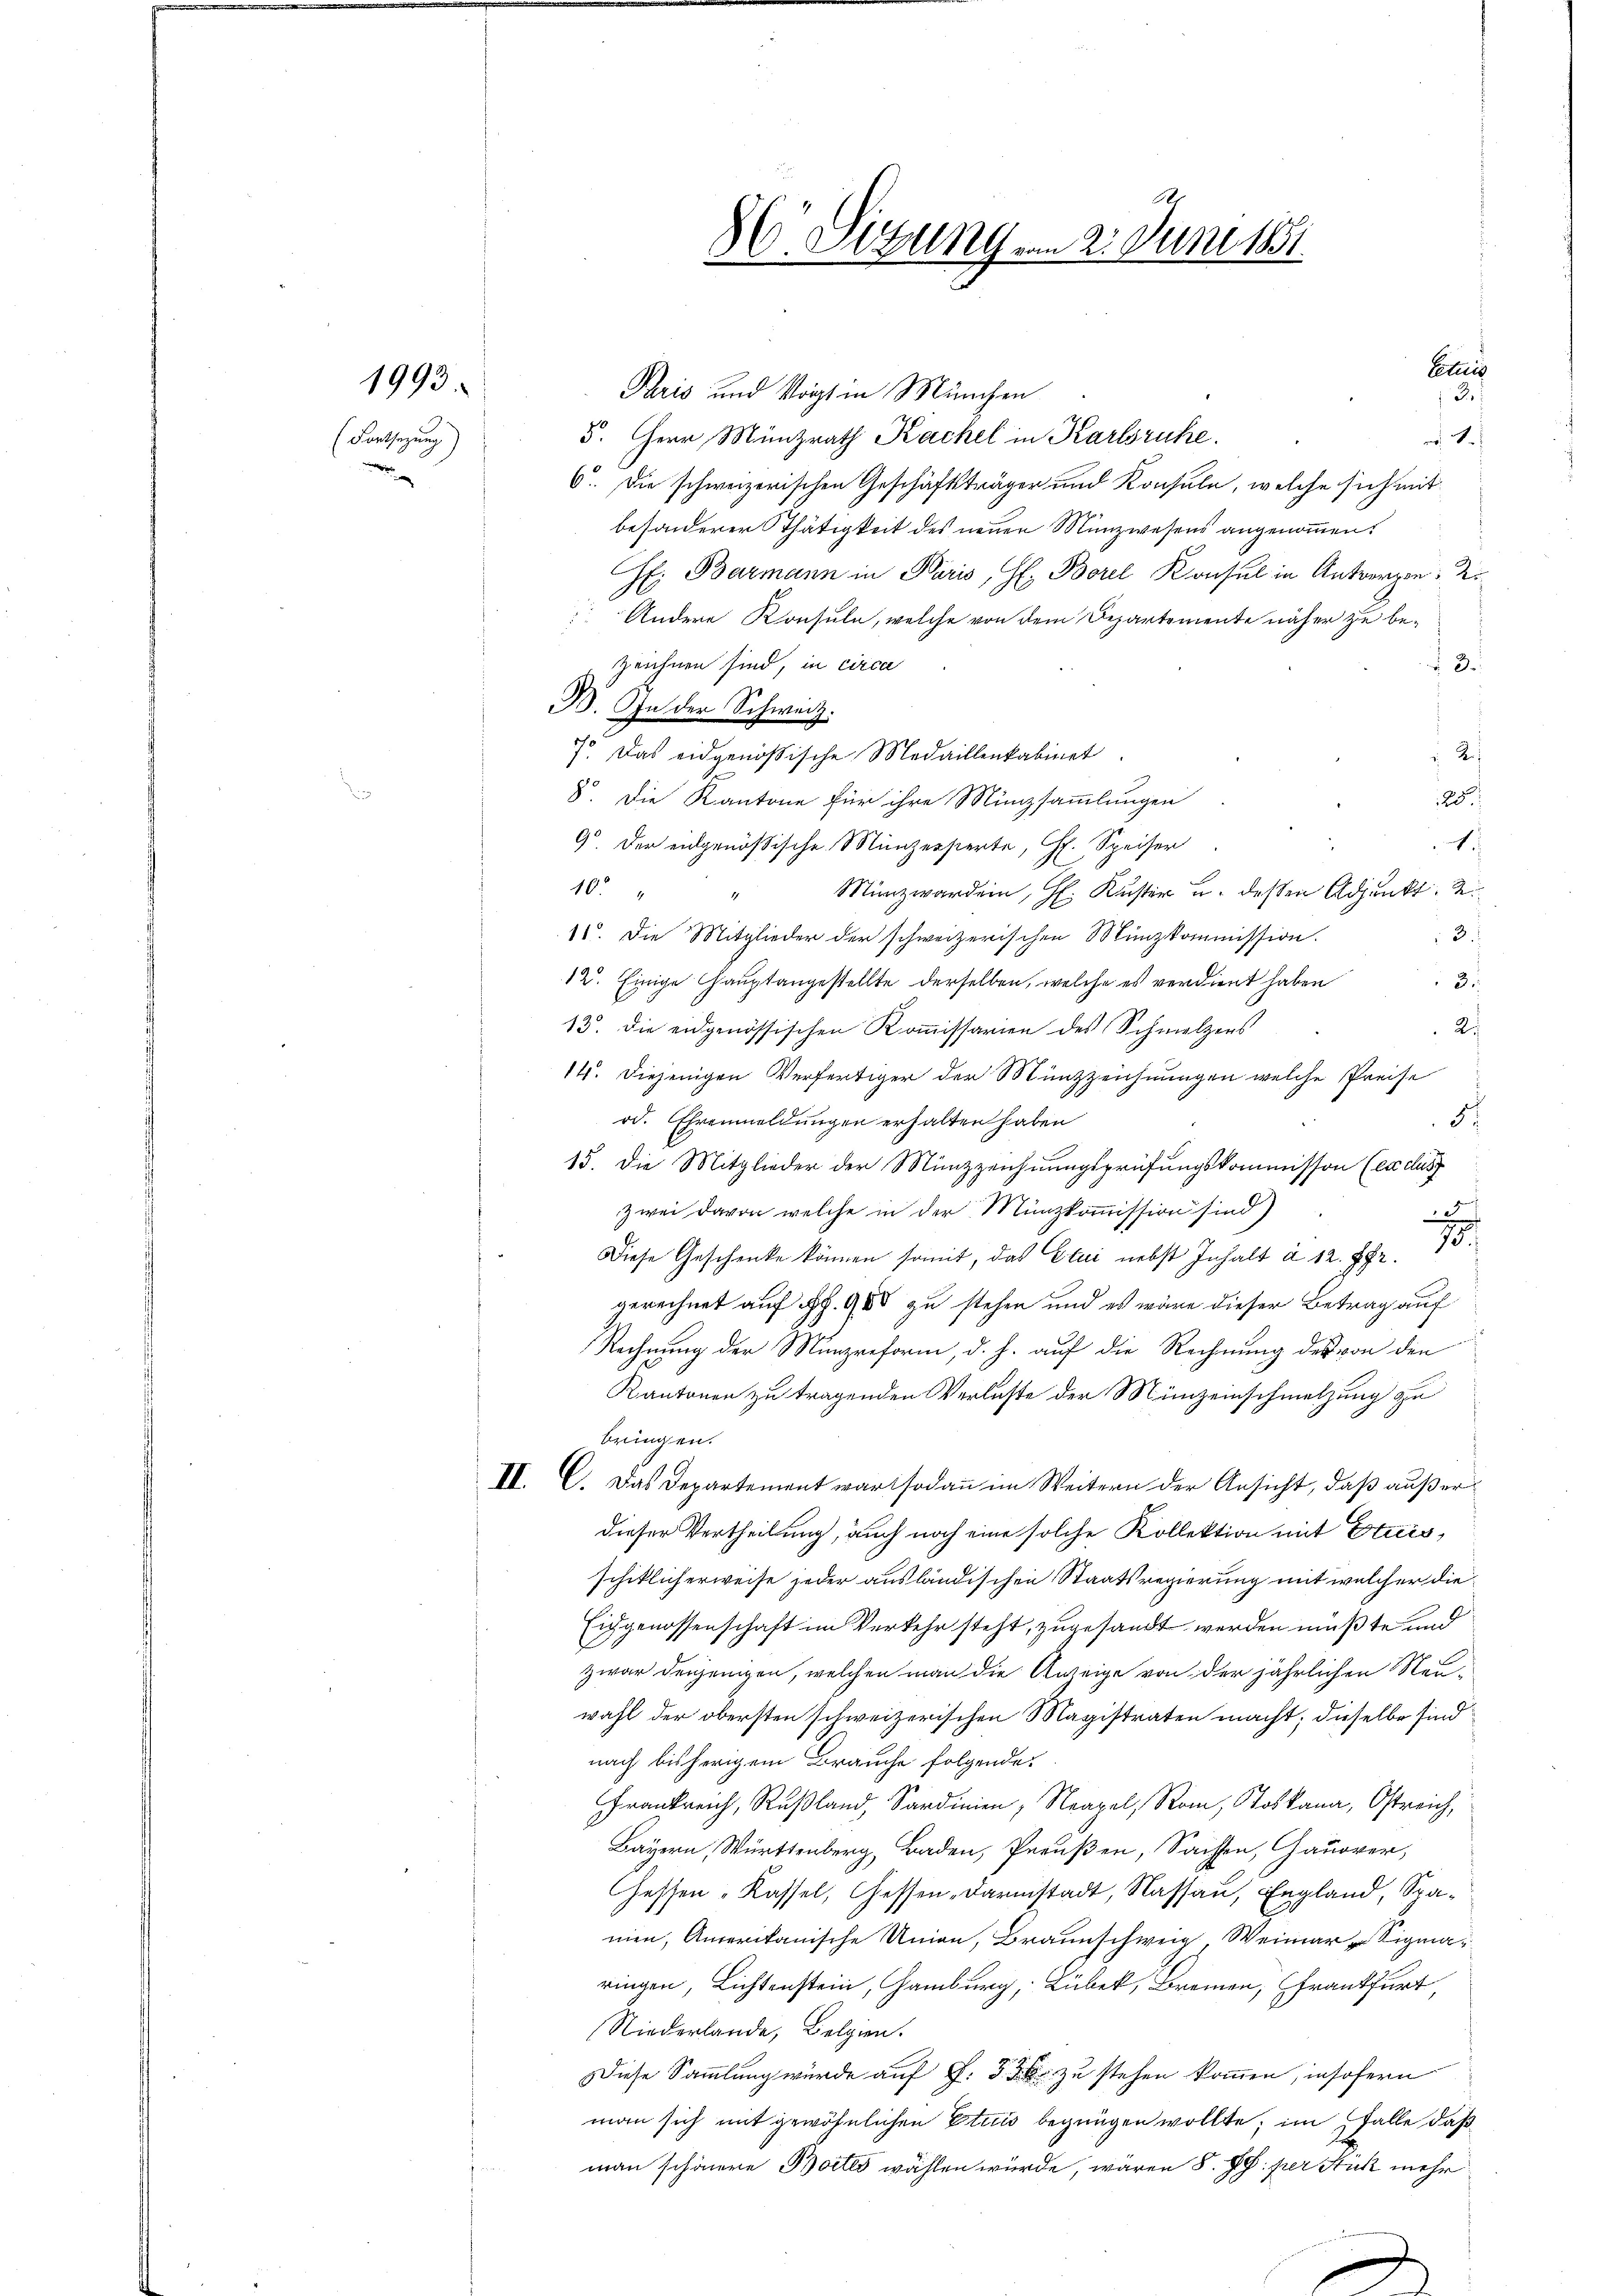
1993.
(Fortsetzung)

C. Sitzung vom 2. Juni 1851.

Celes
Paris und Vogt in München
3.
5. Herr Münzrath Kachel in Karlsruhe.
 1.)
6. Die schweizerischen Geschäftsträger und Konsule, welche sich mit
besonderer Thätigkeit des neuen Münzwesens angenommen.
C: Barmann in Paris, H. Borel Konsul in Antwerpen 2.
Andere Konsuln, welche von dem Departemente näher zu bezeichnen sind, in circa
 3.
B. In der Schweiz.
7. Das eidgenößische Medaillenkabinet.
.R.
8. Die Kantone für ihre Münzsammlungen
25.
¬
1.
9. Der eidgenößische Münzersterte, Hr. Speiser
Münzwerden, H. Kuster u. dessen Adjunkt. S.
10
11. Die Mitglieder der schweizerischen Münzkommission.
3.
12. Einige Hauptangestellte derselben, welche es verdient haben
3.
13. Die eidgenössischen Kommissarien des Schmelzers
Ri
14. Diejenigen Verfertiger der Münzzeichnungen welche Preise
od. Ehrenmeldungen erhalten haben
5
15. Die Mitglieder der Münzzeichnungsprüfungskommisson (excus
zwei davon welche in der Münzkommission sind)
u
Diese Geschenke können somit, das Etui nebst Inhalt à 12. Fr. 10
gerechnet auf Fr. 980 zu stehen und es wäre dieser Betrag auf
Rechnung der Münzreform, d. h. auf die Rechnung des von den
Kantonen zu tragenden Verluste der Münzeinschmelzung zu
bringen.
II. C. Das Departement war sodann im Weitern der Ansicht, daß außerdieser Vertheilung, auch noch eine solche Kollektion mit Etuis,
schiklicherweise jeder ausländischen Staatsregierung mit welcher die¬
Eiggenossenschaft im Verkehr steht, zugesandt werden mußte und
zwar denjenigen, welchen man die Anzeige von der jährlichen Neuwahl der obersten schweizerischen Magistraten macht; dieselbe sind
nach bisherigem Brauche folgende
Frankreich, Rußland, Sardinien, Neapel, Rom, Stoskana, Östreich,
Bayern, Württenberg, Baden, Perußen, Sachsen, Gauorer,
Gessen-Kassel, Gessen-Darmstadt, Nassau, England, Spanien, Amerikanische Union, Braunschweig, Weimar - Sigmaringen, Lichtenstein, Hamburg, Lübek, Brennen, Frankfurt,
Niederlande, Belgien.
Diese Sammlung wurde auf S. 5 zu stehen kommen, insofern
man sich mit gewöhnlichen Etuis begnügen wollte; im Falle daß
man schönere Bottes wählen würde, wären 8. RG. per Stuck mehr